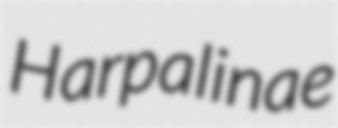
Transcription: Harpalinae